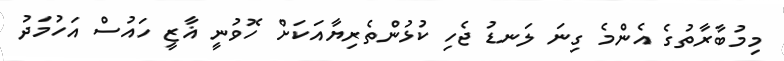
މިމުބާރާތުގެ އެންމެ ގިނަ ލަނޑު ޖެހި ކުޅުންތެރިޔާއަކަށް ހޮވުނީ ޣާޒީ ހައުސް އަހުމަދު